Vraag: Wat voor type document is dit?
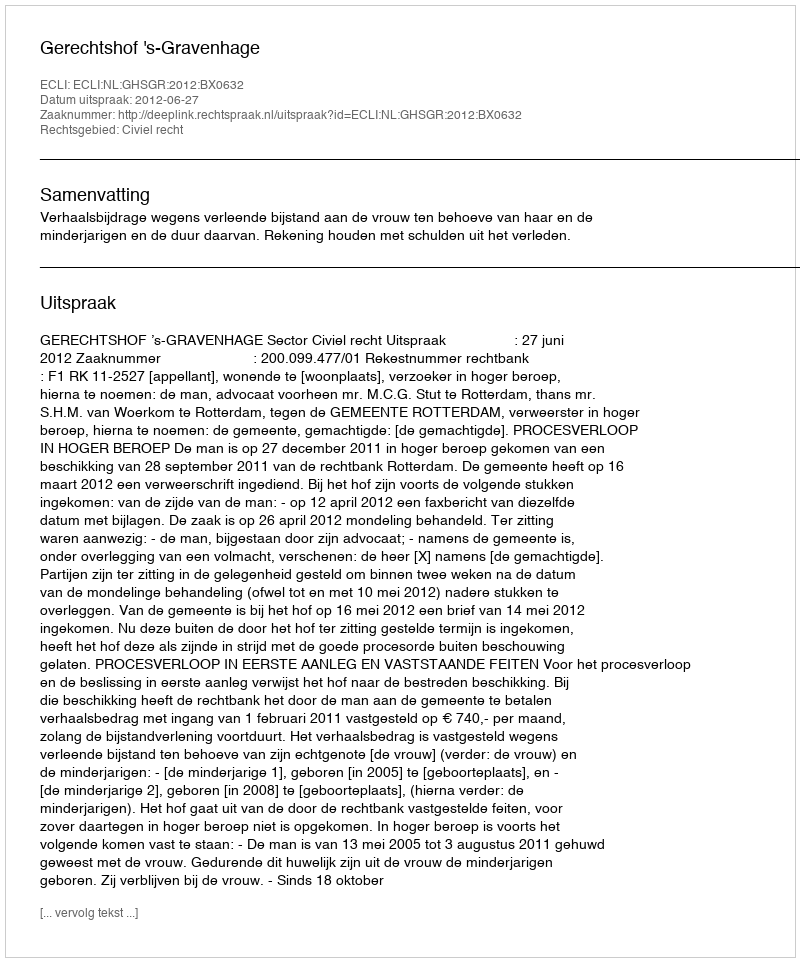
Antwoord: Uitspraak